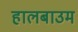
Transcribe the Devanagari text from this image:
हालबाउम